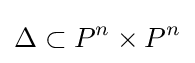
\Delta \subset P^{n}\times P^{n}